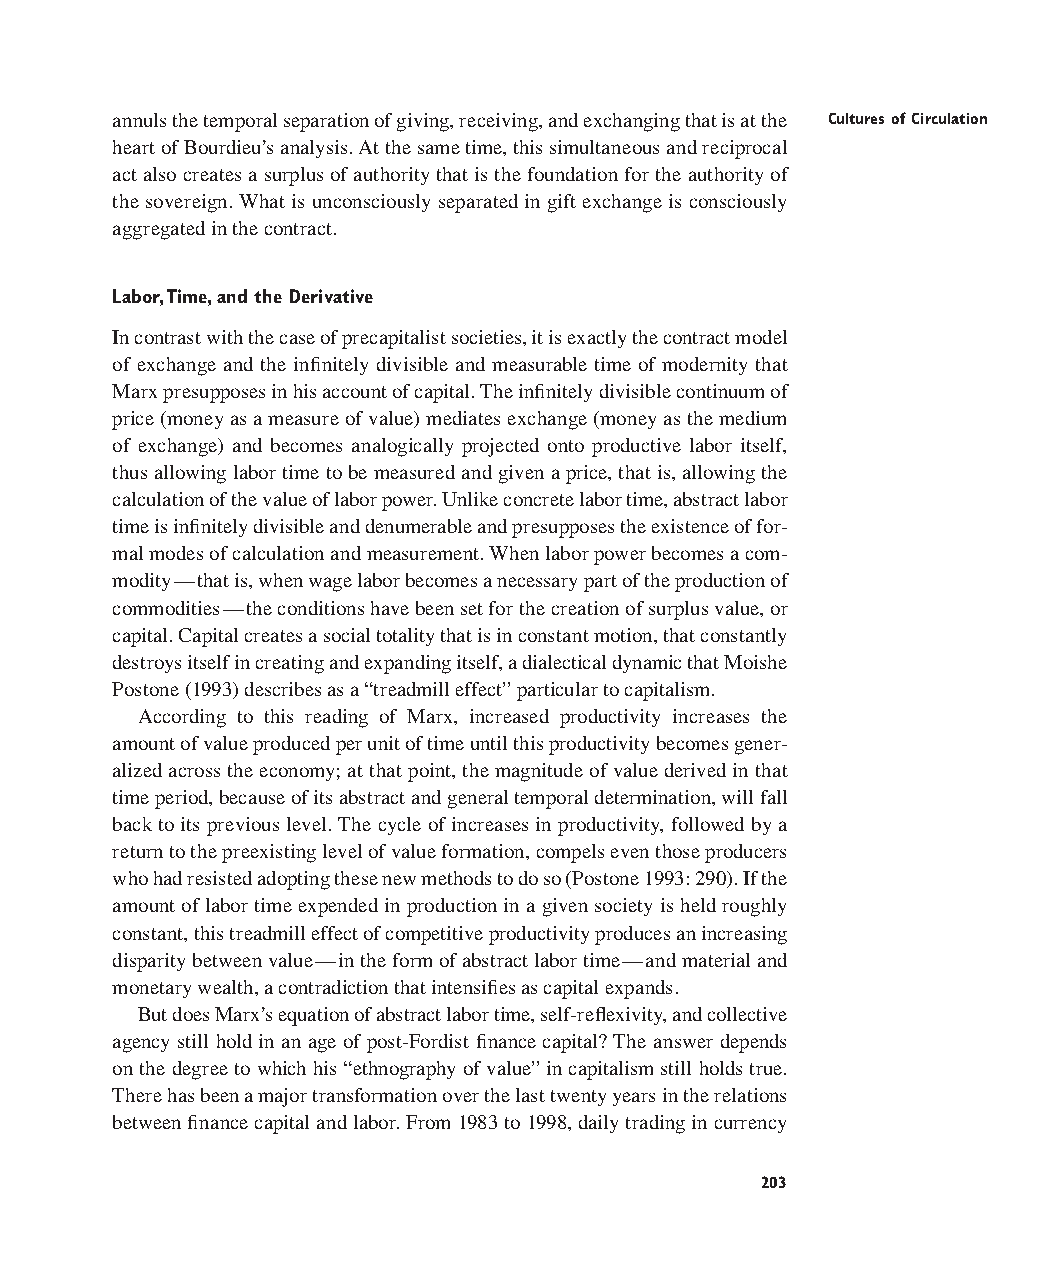
annuls the temporal separation of giving, receiving, and exchanging that is at the Cultures of Circulation
 heart of Bourdieu’s analysis. At the same time, this simultaneous and reciprocal
 act also creates a surplus of authority that is the foundation for the authority of
 the sovereign. What is unconsciously separated in gift exchange is consciously
 aggregated in the contract.
 Labor,Time,and the Derivative
 In contrast with the case of precapitalist societies, it is exactly the contract model
 of exchange and the infinitely divisible and measurable time of modernity that
 Marx presupposes in his account of capital. The infinitely divisible continuum of
 price (money as a measure of value) mediates exchange (money as the medium
 of exchange) and becomes analogically projected onto productive labor itself,
 thus allowing labor time to be measured and given a price, that is, allowing the
 calculation of the value of labor power. Unlike concrete labor time, abstract labor
 time is infinitely divisible and denumerable and presupposes the existence of for-
 mal modes of calculation and measurement. When labor power becomes a com-
 modity—that is, when wage labor becomes a necessary part of the production of
 commodities—the conditions have been set for the creation of surplus value, or
 capital. Capital creates a social totality that is in constant motion, that constantly
 destroys itself in creating and expanding itself, a dialectical dynamic that Moishe
 Postone (1993) describes as a “treadmill effect” particular to capitalism.
 According to this reading of Marx, increased productivity increases the
 amount of value produced per unit of time until this productivity becomes gener-
 alized across the economy; at that point, the magnitude of value derived in that
 time period, because of its abstract and general temporal determination, will fall
 back to its previous level. The cycle of increases in productivity, followed by a
 return to the preexisting level of value formation, compels even those producers
 who had resisted adopting these new methods to do so (Postone 1993: 290). If the
 amount of labor time expended in production in a given society is held roughly
 constant, this treadmill effect of competitive productivity produces an increasing
 disparity between value—in the form of abstract labor time—and material and
 monetary wealth, a contradiction that intensifies as capital expands.
 But does Marx’s equation of abstract labor time, self-reflexivity, and collective
 agency still hold in an age of post-Fordist finance capital? The answer depends
 on the degree to which his “ethnography of value” in capitalism still holds true.
 There has been a major transformation over the last twenty years in the relations
 between finance capital and labor. From 1983 to 1998, daily trading in currency
 203